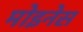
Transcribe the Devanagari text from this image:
मोइनेस